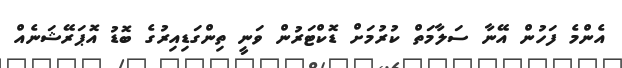
އެންމެ ފަހުން އޭނާ ސަލާމަތް ކުރުމަށް ޑޮކްޓަރުން ވަނީ ތިންގަޑިއިރުގެ ބޮޑު އޮޕަރޭޝަނެއް